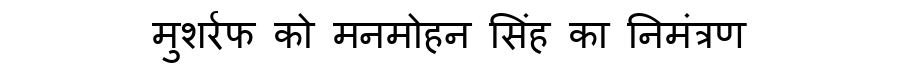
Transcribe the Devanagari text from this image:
मुशर्रफ को मनमोहन सिंह का निमंत्रण